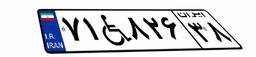
۷۱W۸۲۶۳۸